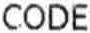
CODE